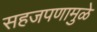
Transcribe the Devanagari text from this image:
सहजपणामुळे